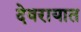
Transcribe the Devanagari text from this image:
देवरायात